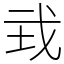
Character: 㦱